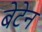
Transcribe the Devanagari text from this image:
बेटेन